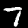
Digit: 7